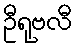
ဦရုဗလီ